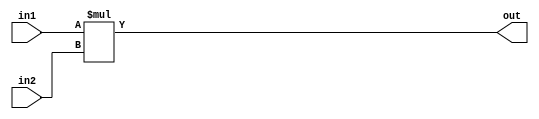
module multiplier_16bit(
input [15:0] in1,
input [15:0] in2,
output [31:0] out);
assign out = in1 * in2;
endmodule